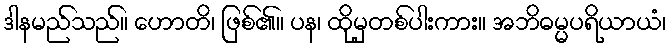
ဒါနမည်သည်။ ဟောတိ၊ ဖြစ်၏။ ပန၊ ထိုမှတစ်ပါးကား။ အဘိဓမ္မပရိယာယံ၊